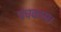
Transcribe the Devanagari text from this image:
पंचकप्प।